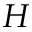
H